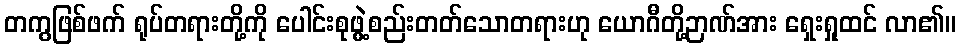
တကွဖြစ်ဖက် ရုပ်တရားတို့ကို ပေါင်းစုဖွဲ့စည်းတတ်သောတရားဟု ယောဂီတို့ဉာဏ်အား ရှေးရှုထင် လာ၏။